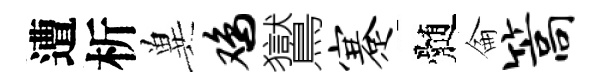
遭析兾鸡鸑蹇髄侖篙